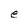
Character: e